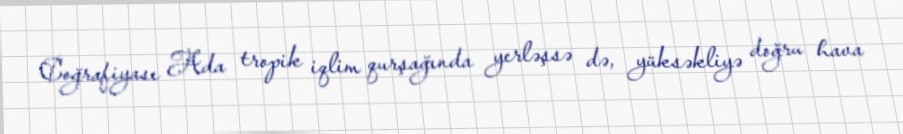
Coğrafiyası Ada tropik iqlim qurşağında yerləşsə də, yüksəkliyə doğru hava